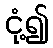
ငုံ့၍